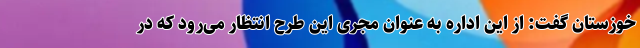
خوزستان گفت: از این اداره به عنوان مجری این طرح انتظار می‌رود که در